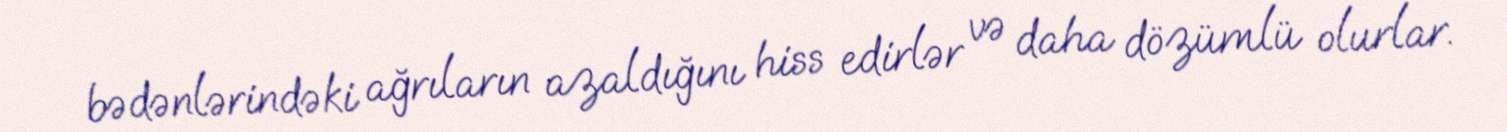
bədənlərindəki ağrıların azaldığını hiss edirlər və daha dözümlü olurlar.